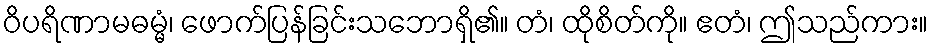
ဝိပရိဏာမဓမ္မံ၊ ဖောက်ပြန်ခြင်းသဘောရှိ၏။ တံ၊ ထိုစိတ်ကို။ ဧတံ၊ ဤသည်ကား။